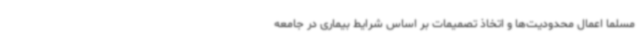
مسلماً اعمال محدودیت‌ها و اتخاذ تصمیمات بر اساس شرایط بیماری در جامعه